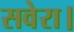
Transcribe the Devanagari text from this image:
सवेरा।